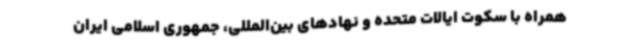
همراه با سکوت ایالات متحده و نهادهای بین‌المللی، جمهوری اسلامی ایران